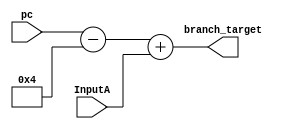
module adder(pc, InputA, branch_target);
		input signed [31:0] pc;
		input signed [31:0] InputA;
		output reg signed [31:0] branch_target;
		
always @(pc, InputA) begin
	  //PC = 
	  //$display("Adder branch target: Initial Input from shift: %d", InputA);
	  branch_target = (pc -4) + InputA;		
	 // $display("Branch target = %d PC = %d, InputA = %d", branch_target, pc, InputA);
	end


endmodule